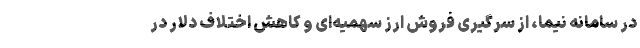
در سامانه نیما، از سرگیری فروش ارز سهمیه‌ای و کاهش اختلاف دلار در